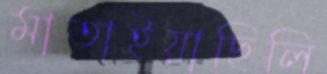
মাতাইয়াছিলি